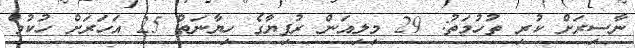
ނާސިރަށް ކުރި ތުހުމަތު: 29 މިލިއަން ރުފިޔާގެ ހިޔާނަތް 25 އަހަރަށް ހުކުމް